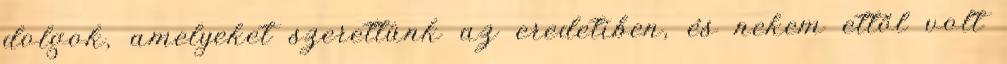
dolgok, amelyeket szerettünk az eredetiben, és nekem ettől volt